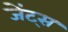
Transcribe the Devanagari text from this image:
जेंट्स